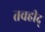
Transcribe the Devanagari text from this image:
तवहीद्